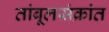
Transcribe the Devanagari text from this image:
तांबूलसंक्रांत